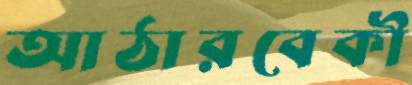
আঠারবেকী